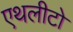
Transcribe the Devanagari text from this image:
एथलीटो